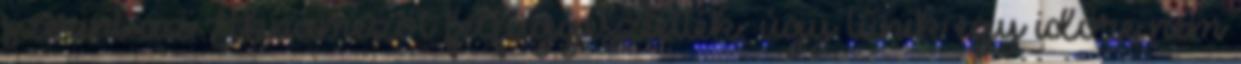
szerint az Aknamezőt felfüggesztették, úgy tűnik egy időre nem